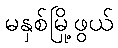
မနှစ်မြို့ဖွယ်